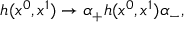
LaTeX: h ( x ^ { 0 } , x ^ { 1 } ) \rightarrow \alpha _ { + } h ( x ^ { 0 } , x ^ { 1 } ) \alpha _ { - } ,